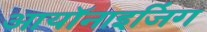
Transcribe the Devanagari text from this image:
आयॉनाइजिंग